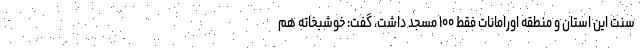
سنت این استان و منطقه اورامانات فقط ۱۰۰ مسجد داشت، گفت: خوشبخاته هم